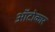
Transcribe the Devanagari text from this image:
ऑटोकार